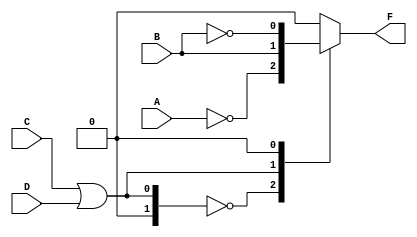
module systemx(
    output reg F,
    input wire A, B, C, D
);
    wire A0, B0;
  
  	assign A0 = ~A;
  	assign B0 = ~B;

    always @ (C, D) begin
        case (C | D)
            2'b00 : F <= A0;
            2'b01 : F <= B;
            2'b10 : F <= B0;
            default : F <= 1'b0;
        endcase
    end
endmodule